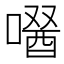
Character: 𠼣